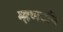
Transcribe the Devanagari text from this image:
म्हणउनि